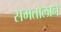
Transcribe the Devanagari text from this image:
समतोलाने